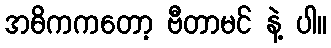
အဓိကကတော့ ဗီတာမင် နဲ့ ပါ။